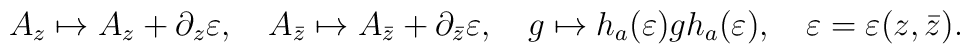
A_z \mapsto A_z +\partial_z \varepsilon ,~~~A_{\bar z} \mapsto A_{\bar z}+\partial_{\bar z}\varepsilon,~~~g \mapsto h_{a}(\varepsilon )g h_{a}(\varepsilon ),~~~\varepsilon = \varepsilon (z,\bar z).